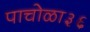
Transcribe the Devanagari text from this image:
पाचोळा३६